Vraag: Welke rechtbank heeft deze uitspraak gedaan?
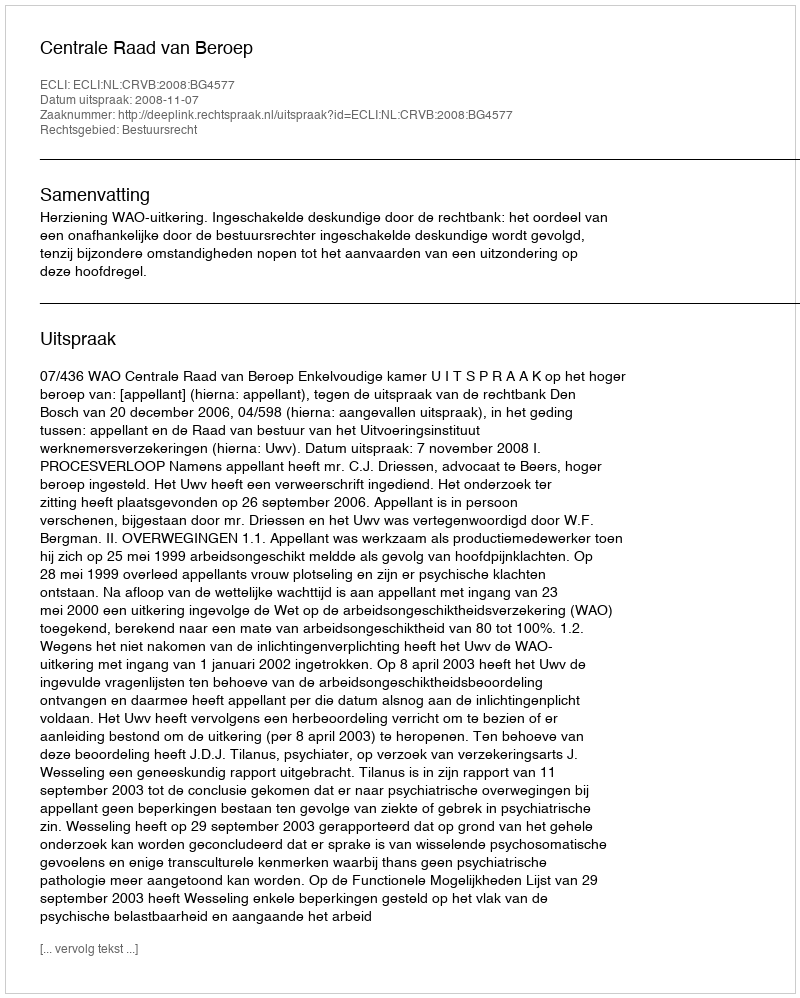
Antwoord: Centrale Raad van Beroep